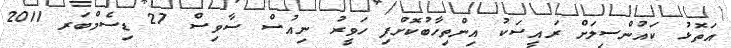
އަތޮޅު ކައުންސިލަށް ރައީސަކު އިންތިހާބުކޮށްފި ހަވީރު ނިއުސް ސާވިސް 27 ޑިސެމްބަރ 2011